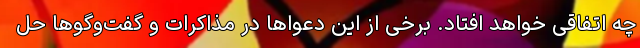
چه اتفاقی خواهد افتاد. برخی از این دعواها در مذاکرات و گفت‌وگوها حل